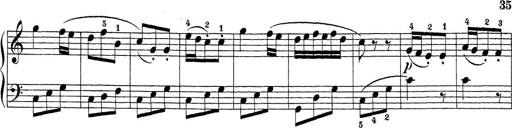
Title: Sonatina Album
Composer: Louis KÃ¶hler